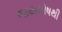
જયઘોષથી